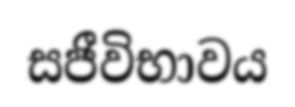
සජීවිභාවය